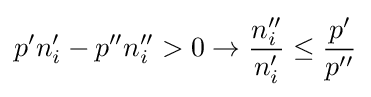
p'n_{i}'-p''n_{i}''>0\rightarrow {\frac {n_{i}''}{n_{i}'}}\leq {\frac {p'}{p''}}